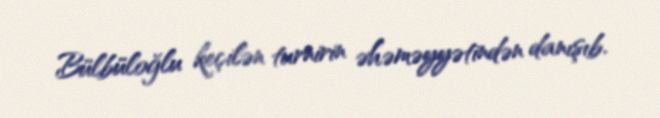
Bülbüloğlu keçilən turnirin əhəməyyətindən danışıb.